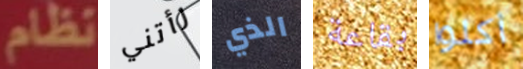
نظام رأتني الذي بقاعة أكلوا